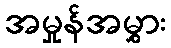
အမှုန်အမွှား